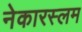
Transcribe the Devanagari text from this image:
नेकारस्लम